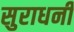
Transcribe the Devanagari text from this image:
सुराधनी